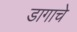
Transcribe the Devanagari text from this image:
डागाचे